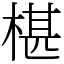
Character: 椹